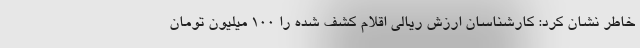
خاطر نشان کرد: کارشناسان ارزش ریالی اقلام کشف شده را ۱۰۰ میلیون تومان